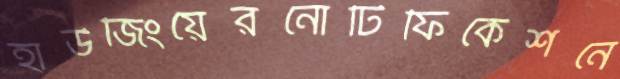
হাউজিংয়েরনোটিফিকেশনে